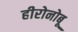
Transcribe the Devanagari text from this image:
हीरोनोबू